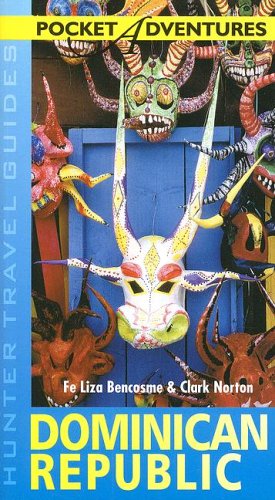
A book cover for Hunter Travel Guide Dominican Republic (Pocket Adventures); Fe Liza Bencosme; Travel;